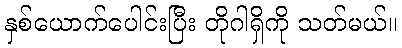
နှစ်ယောက်ပေါင်းပြီး တိုဂါရှိကို သတ်မယ်။